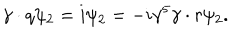
\gamma \cdot q \psi _ { 2 } = i \psi _ { 2 } = - i \gamma ^ { 5 } \gamma \cdot r \psi _ { 2 } .